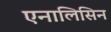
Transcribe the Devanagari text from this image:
एनालिसिन